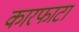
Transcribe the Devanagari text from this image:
कारफाटा